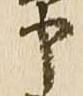
部